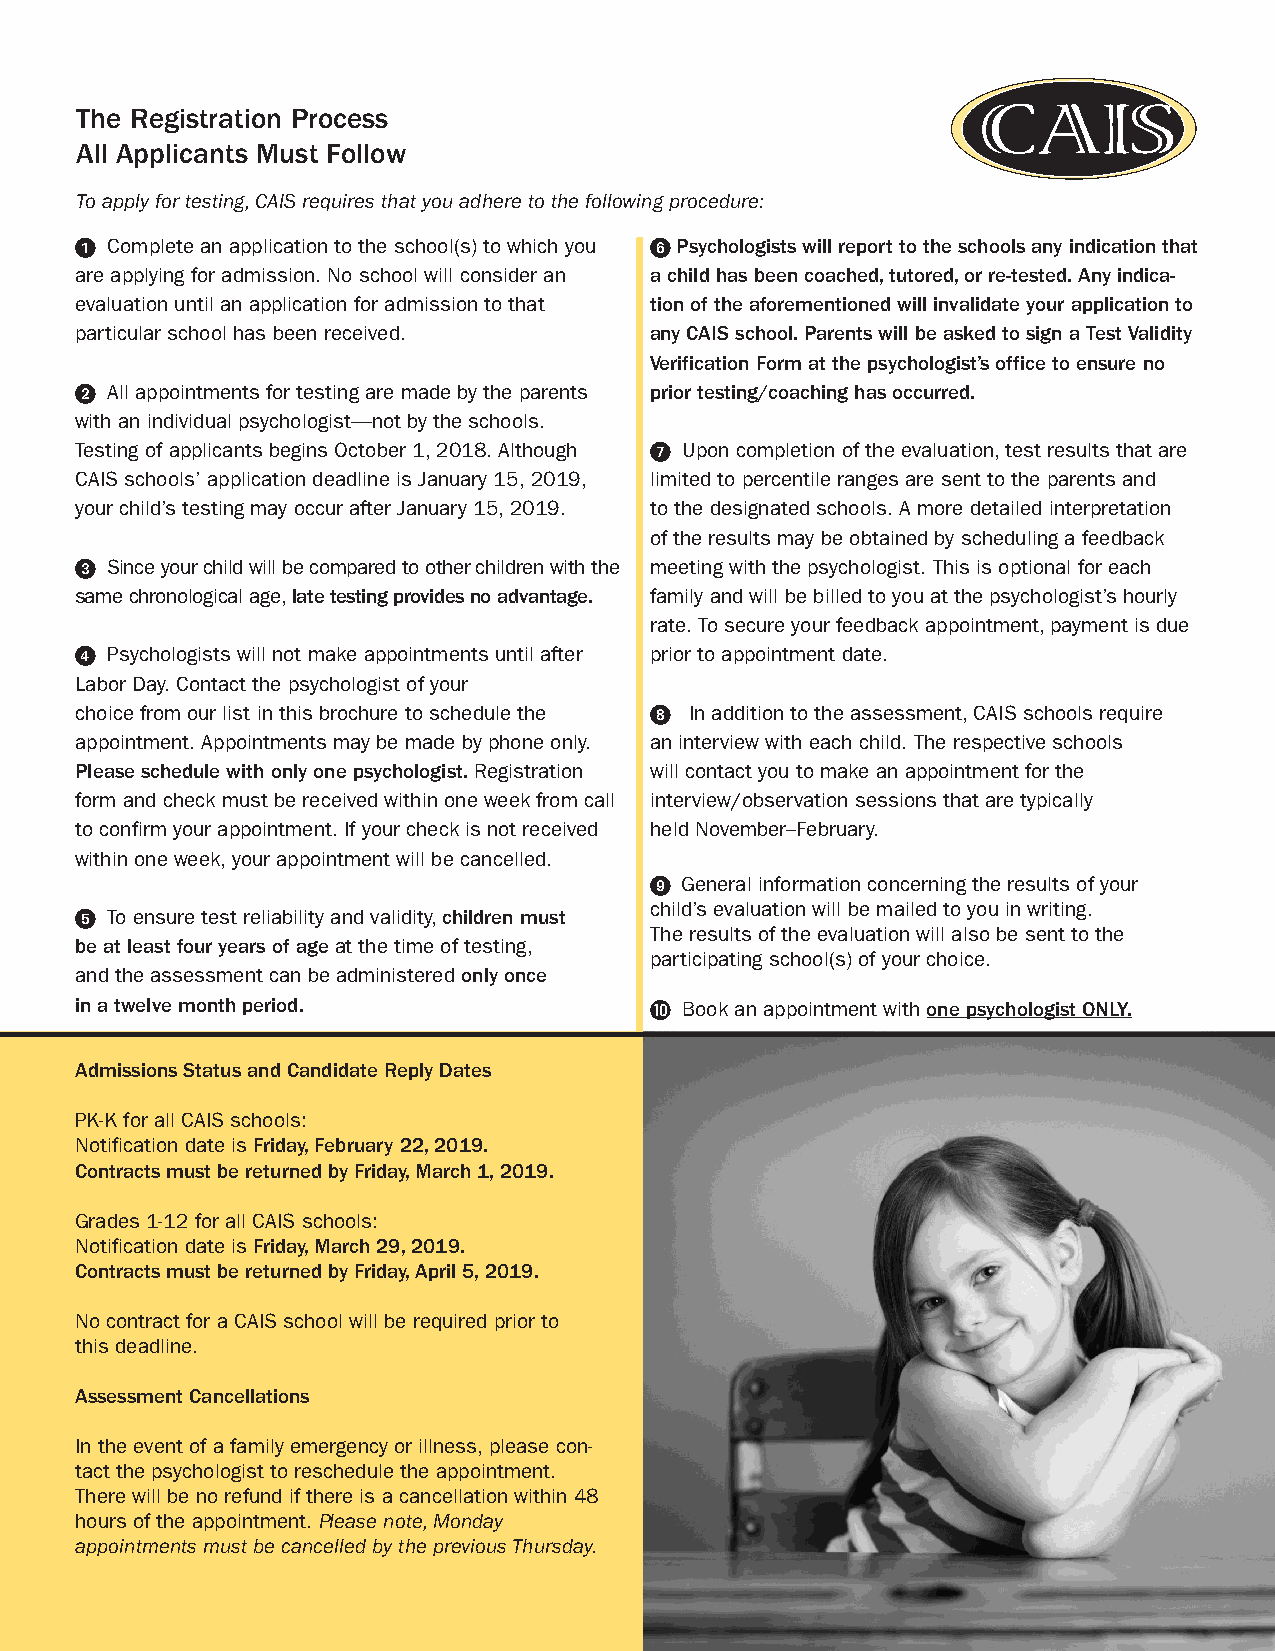
The Registration Process
 All Applicants Must Follow
 To apply for testing, CAIS requires that you adhere to the following procedure:
 1 Complete an application to the school(s) to which you 6 Psychologists will report to the schools any indication that
 are applying for admission. No school will consider an a child has been coached, tutored, or re-tested. Any indica-
 evaluation until an application for admission to that tion of the aforementioned will invalidate your application to
 particular school has been received.  any CAIS school. Parents will be asked to sign a Test Validity
 Verification Form at the psychologist’s office to ensure no
 2 All appointments for testing are made by the parents prior testing/coaching has occurred.
 with an individual psychologist—not by the schools.
 Testing of applicants begins October 1, 2018. Although 7 Upon completion of the evaluation, test results that are
 CAIS schools’ application deadline is January 15, 2019, limited to percentile ranges are sent to the parents and
 your child’s testing may occur after January 15, 2019. to the designated schools. A more detailed interpretation
 of the results may be obtained by scheduling a feedback
 3 Since your child will be compared to other children with the meeting with the psychologist. This is optional for each
 same chronological age, late testing provides no advantage. family and will be billed to you at the psychologist’s hourly
 rate. To secure your feedback appointment, payment is due
 4 Psychologists will not make appointments until after prior to appointment date.
 Labor Day. Contact the psychologist of your
 choice from our list in this brochure to schedule the 8 In addition to the assessment, CAIS schools require
 appointment. Appointments may be made by phone only. an interview with each child. The respective schools
 Please schedule with only one psychologist. Registration will contact you to make an appointment for the
 form and check must be received within one week from call interview/observation sessions that are typically
 to confirm your appointment. If your check is not received held November–February.
 within one week, your appointment will be cancelled.
 9 General information concerning the results of your
 child’s evaluation will be mailed to you in writing.
 5 To ensure test reliability and validity, children must
 The results of the evaluation will also be sent to the
 be at least four years of age at the time of testing,
 participating school(s) of your choice.
 and the assessment can be administered only once
 in a twelve month period.             J Book an appointment with one psychologist ONLY.
 Admissions Status and Candidate Reply Dates
 PK-K for all CAIS schools:
 Notification date is Friday, February 22, 2019.
 Contracts must be returned by Friday, March 1, 2019.
 Grades 1-12 for all CAIS schools:
 Notification date is Friday, March 29, 2019.
 Contracts must be returned by Friday, April 5, 2019.
 No contract for a CAIS school will be required prior to
 this deadline.
 Assessment Cancellations
 In the event of a family emergency or illness, please con-
 tact the psychologist to reschedule the appointment.
 There will be no refund if there is a cancellation within 48
 hours of the appointment. Please note, Monday
 appointments must be cancelled by the previous Thursday.